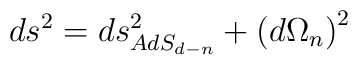
ds^2=ds_{AdS_{d-n}}^2+\left( d\Omega _n\right) ^2